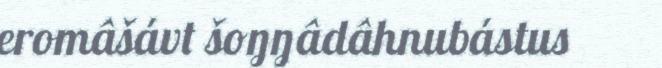
eromâšávt šoŋŋâdâhnubástus